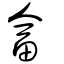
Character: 畣